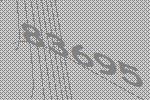
83695